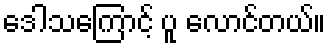
ဒေါသကြောင့် ပူ လောင်တယ်။